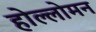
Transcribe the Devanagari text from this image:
होल्लोमन